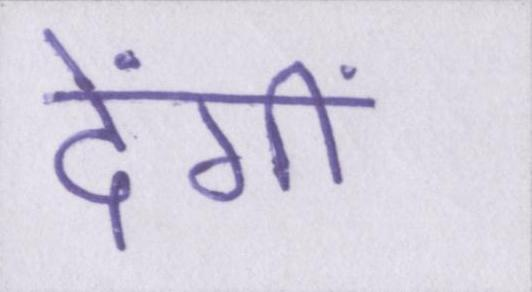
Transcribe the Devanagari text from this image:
देंगीं